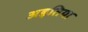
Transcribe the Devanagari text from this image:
अड़तिया